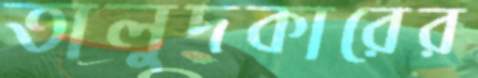
তালুদকারের